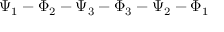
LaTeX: \Psi _ { 1 } - \Phi _ { 2 } - \Psi _ { 3 } - \Phi _ { 3 } - \Psi _ { 2 } - \Phi _ { 1 }